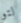
لتو